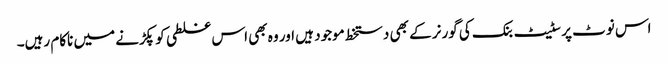
اس نوٹ پر سٹیٹ بنک کی گورنر کے بھی دستخط موجود ہیں اور وہ بھی اس غلطی کو پکڑنے میں ناکام رہیں۔